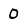
Character: 0